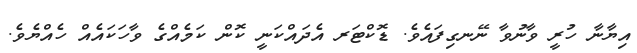
އިޔާނާ ހުރީ ވާނުވާ ނޭނގިފައެވެ. ޑޮކްޓަރ އެދައްކަނީ ކޮން ކަމެއްގެ ވާހަކައެއް ހެއްޔެވެ.